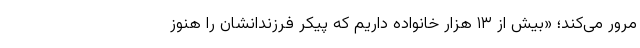
مرور می‌کند؛ «بیش از ۱۳ هزار خانواده داریم که پیکر فرزندانشان را هنوز